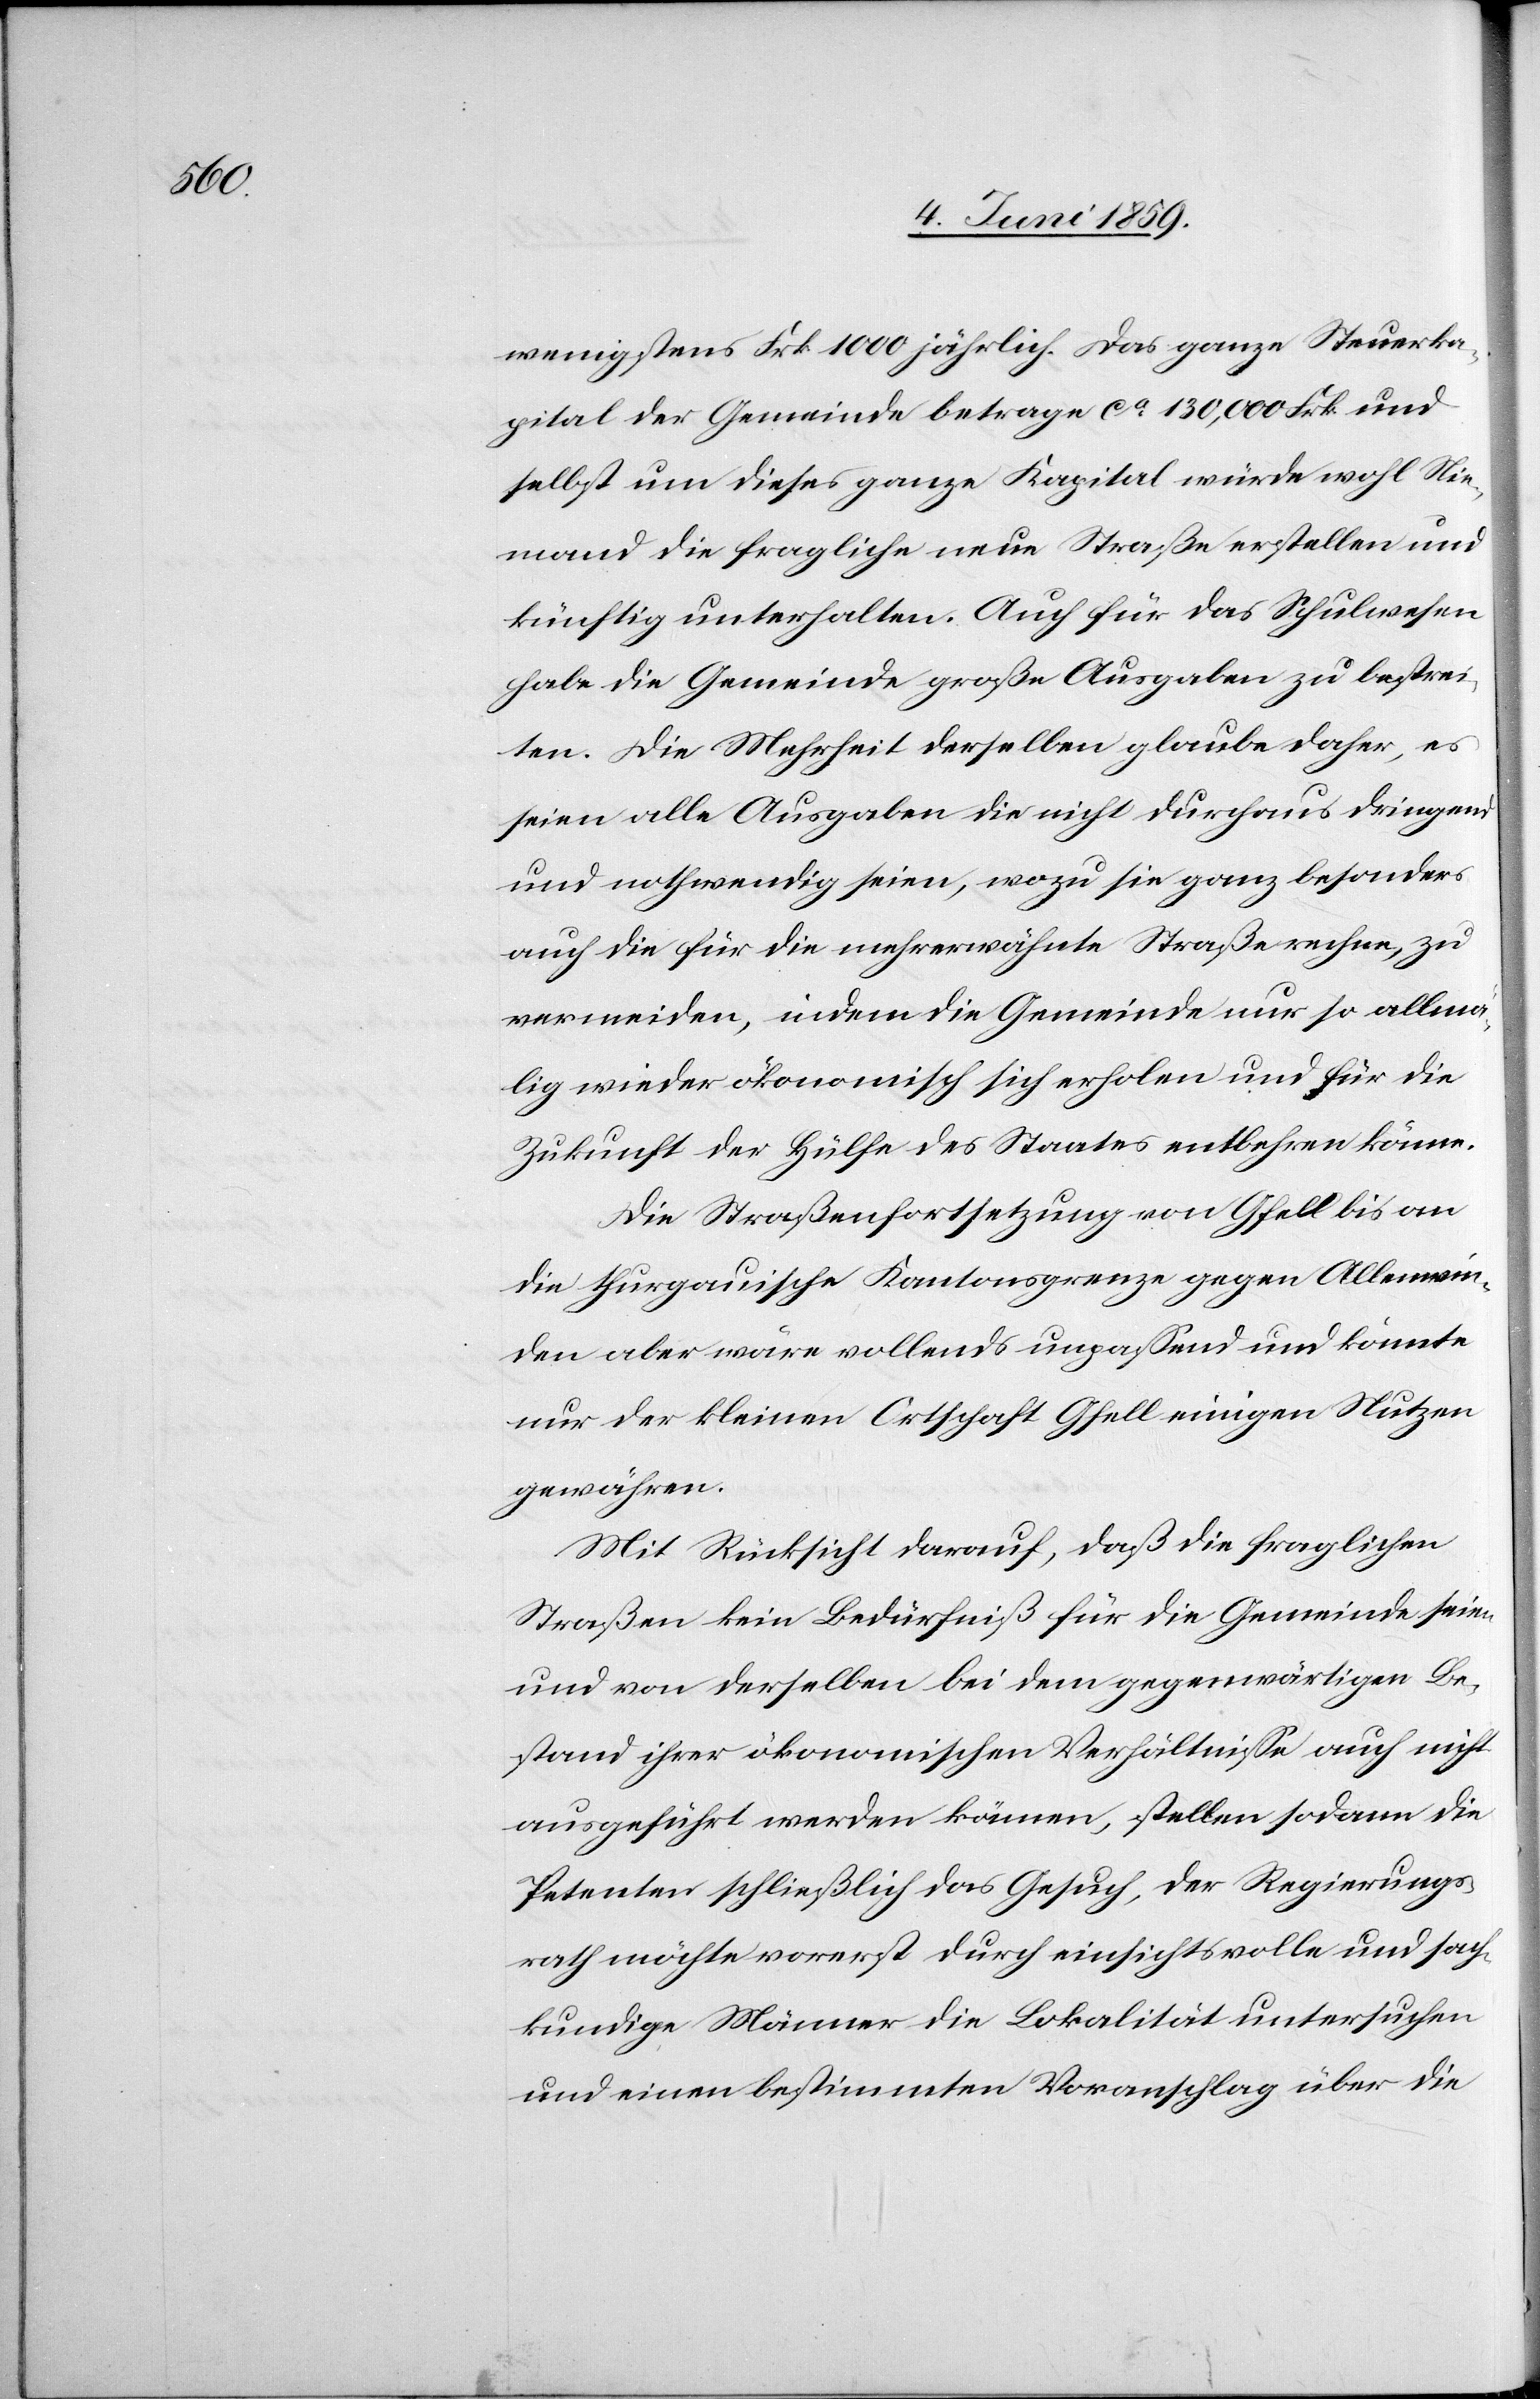
wenigstens Frk 1000 jährlich. Das ganze Steuerka¬
pital der Gemeinde betrage ca 130,000 Frk. und
selbst um dieses ganze Kapital würde wohl Nie¬
mand die fragliche neue Straße erstellen und
künftig unterhalten. Auch für das Schulwesen
habe die Gemeinde große Ausgaben zu bestrei¬
ten. Die Mehrheit derselben glaube daher, es
seien alle Ausgaben die nicht durchaus dringend
und nothwendig seien, wozu sie ganz besonders
auch die für die mehrerwähnte Straße rechne, zu
vermeiden, indem die Gemeinde nur so allmä¬
lig wieder ökonomisch sich erholen und für die
Zukunft der Hülfe des Staates entbehren könne.
Die Straßenfortsetzung von Gfell bis an
die thurgauische Kantonsgrenze gegen Allenwin¬
den aber wäre vollends unpassend und könnte
nur der kleinen Ortschaft Gfell einigen Nutzen
gewähren.
Mit Rücksicht darauf, daß die fraglichen
Straßen kein Bedürfniß für die Gemeinde seien
und von derselben bei dem gegenwärtigen Be¬
stand ihrer ökonomischen Verhältnisse auch nicht
ausgeführt werden können, stellen sodann die
Petenten schließlich das Gesuch, der Regierungs¬
rath möchte vorerst durch einsichtsvolle und sach¬
kundige Männer die Lokalität untersuchen
und einen bestimmten Voranschlag über die